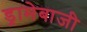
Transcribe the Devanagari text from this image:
ड्रामेबाजी